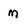
Character: M